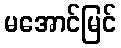
မအောင်မြင်